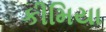
કીમિયા